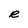
Character: R